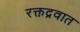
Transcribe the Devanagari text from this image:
रक्तद्रवात